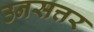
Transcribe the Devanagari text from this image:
उनसत्तर